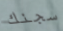
سجنك